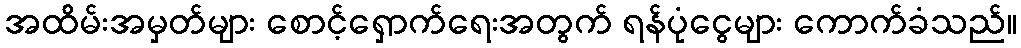
အထိမ်းအမှတ်များ စောင့်ရှောက်ရေးအတွက် ရန်ပုံငွေများ ကောက်ခံသည်။